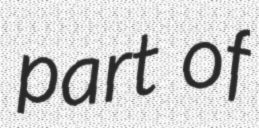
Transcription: part of